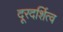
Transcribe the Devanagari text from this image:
दूरदर्शित्व